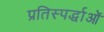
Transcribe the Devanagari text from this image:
प्रतिस्पर्द्धाओं